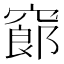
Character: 𥧫